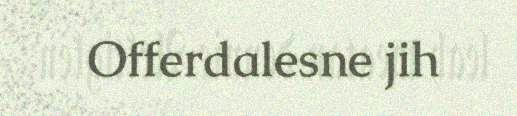
Offerdalesne jih